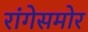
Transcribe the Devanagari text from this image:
रांगेसमोर